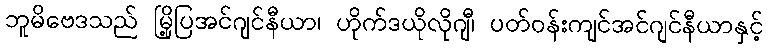
ဘူမိဗေဒသည် မြို့ပြအင်ဂျင်နီယာ၊ ဟိုက်ဒယိုလိုဂျီ၊ ပတ်ဝန်းကျင်အင်ဂျင်နီယာနှင့်